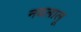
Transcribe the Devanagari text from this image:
नवलालू